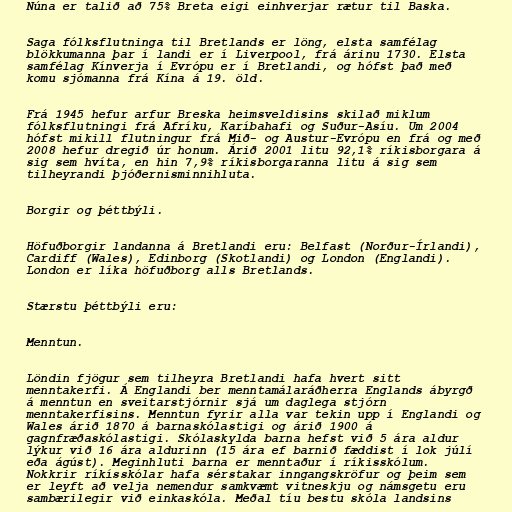
Núna er talið að 75% Breta eigi einhverjar rætur til Baska.

Saga fólksflutninga til Bretlands er löng, elsta samfélag
blökkumanna þar í landi er í Liverpool, frá árinu 1730. Elsta
samfélag Kínverja í Evrópu er í Bretlandi, og hófst það með
komu sjómanna frá Kína á 19. öld.

Frá 1945 hefur arfur Breska heimsveldisins skilað miklum
fólksflutningi frá Afríku, Karíbahafi og Suður-Asíu. Um 2004
hófst mikill flutningur frá Mið- og Austur-Evrópu en frá og með
2008 hefur dregið úr honum. Árið 2001 litu 92,1% ríkisborgara á
sig sem hvíta, en hin 7,9% ríkisborgaranna litu á sig sem
tilheyrandi þjóðernisminnihluta.

Borgir og þéttbýli.

Höfuðborgir landanna á Bretlandi eru: Belfast (Norður-Írlandi),
Cardiff (Wales), Edinborg (Skotlandi) og London (Englandi).
London er líka höfuðborg alls Bretlands.

Stærstu þéttbýli eru:

Menntun.

Löndin fjögur sem tilheyra Bretlandi hafa hvert sitt
menntakerfi. Á Englandi ber menntamálaráðherra Englands ábyrgð
á menntun en sveitarstjórnir sjá um daglega stjórn
menntakerfisins. Menntun fyrir alla var tekin upp í Englandi og
Wales árið 1870 á barnaskólastigi og árið 1900 á
gagnfræðaskólastigi. Skólaskylda barna hefst við 5 ára aldur
lýkur við 16 ára aldurinn (15 ára ef barnið fæddist í lok júlí
eða ágúst). Meginhluti barna er menntaður í ríkisskólum.
Nokkrir ríkísskólar hafa sérstakar inngangskröfur og þeim sem
er leyft að velja nemendur samkvæmt vitneskju og námsgetu eru
sambærilegir við einkaskóla. Meðal tíu bestu skóla landsins